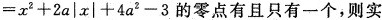
= x ^ { 2 } + 2 a | x | + 4 a ^ { 2 } - 3$$的零点有且只有一个，则实